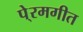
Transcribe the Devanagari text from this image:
पे्रमगीत